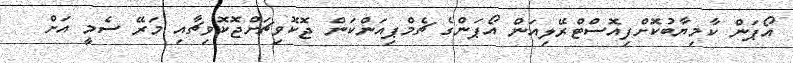
އޯޕަން ކާމިޔާބުކޮށްފިއޮސްޓްރޭލިއަން އޯޕަންގެ ޗެމްޕިއަންކަން ޖޮކޮވިޗަށްޖޮކޮވިޗާއި މަރޭ ސެމީ އަށް